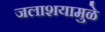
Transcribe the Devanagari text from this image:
जलाशयामुळे